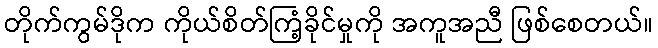
တိုက်ကွမ်ဒိုက ကိုယ်စိတ်ကြံ့ခိုင်မှုကို အကူအညီ ဖြစ်စေတယ်။